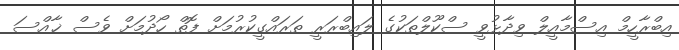
އިބްރާހީމް އިސްމާއީލް ވިދާޅުވީ ސްކޫލްތަކުގެ ލައިބްރަރީ ތަރައްގީކުރުމަށް ފޮތް ހޯދުމަށް ވެސް ޚާއްސަ